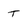
Character: t